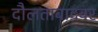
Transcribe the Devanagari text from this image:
दौलताबादवर